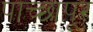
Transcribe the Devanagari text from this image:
पाच्छापूर